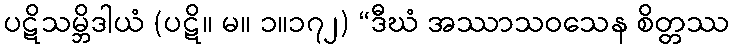
ပဋိသမ္ဘိဒါယံ (ပဋိ။ မ။ ၁။၁၇၂) “ဒီဃံ အဿာသဝသေန စိတ္တဿ